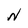
Character: N